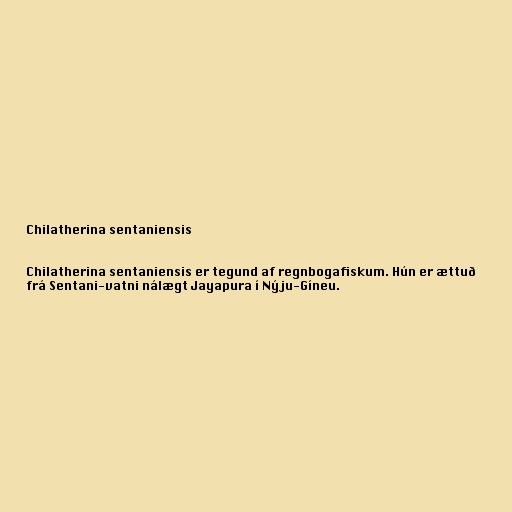
Chilatherina sentaniensis

Chilatherina sentaniensis er tegund af regnbogafiskum. Hún er ættuð
frá Sentani-vatni nálægt Jayapura í Nýju-Gíneu.